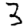
Digit: 3